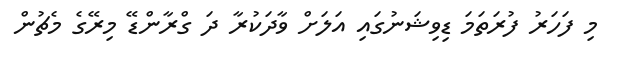
މި ފަހަރު ފުރަތަމަ ޑިވިޝަނުގައި އަލަށް ވާދަކުރާ ދަ ގްރާންޑޭ މިރޭގެ މެޗުން